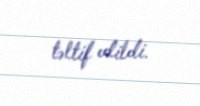
təltif edildi.